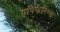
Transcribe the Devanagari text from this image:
एपिफैरिग्स